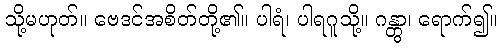
သို့မဟုတ်။ ဗေဒင်အစိတ်တို့၏။ ပါရံ၊ ပါရဂူသို့။ ဂန္တွာ၊ ရောက်၍။